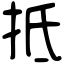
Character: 抵